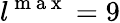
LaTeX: l^{\mathrm{~m~a~x~}}=9